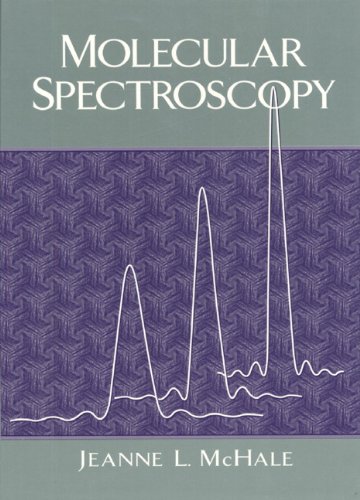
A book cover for Molecular Spectroscopy; Jeanne L. McHale; Science & Math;